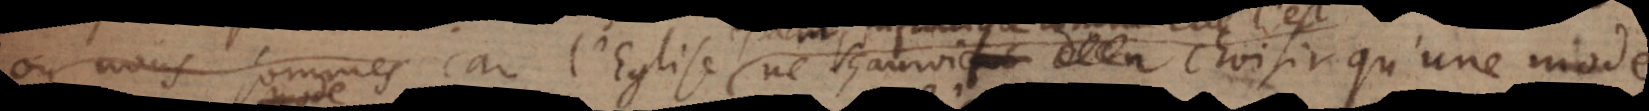
où nous sommes, car l’Eglise ne sçauroit choisir une mode